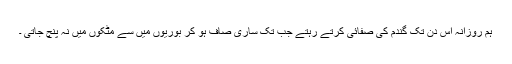
ہم روزانہ اس دن تک گندم کی صفائی کرتے رہتے جب تک ساری صاف ہو کر بوریوں میں سے مٹکوں میں نہ پنچ جاتی ۔